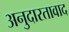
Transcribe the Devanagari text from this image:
अनुदारतावाद